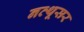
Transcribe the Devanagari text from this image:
नत्थूसर